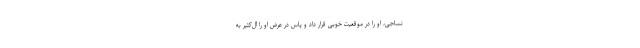
نساجی، او را در موقعیت خوبی قرار داد و پاس در عرض او را آل‌کثیر به